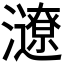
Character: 𤃜